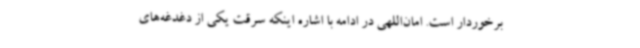
برخوردار است. امان‌اللهی در ادامه با اشاره اینکه سرقت یکی از دغدغه‌های